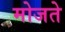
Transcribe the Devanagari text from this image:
मोजते